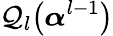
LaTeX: \mathcal{Q}_{l}\big(\boldsymbol{\alpha}^{l-1}\big)